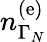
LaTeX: n_{\Gamma_{N}}^{\left(\mathrm{e}\right)}